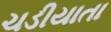
ચડીયાતા